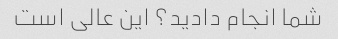
شما انجام دادید؟ این عالی است